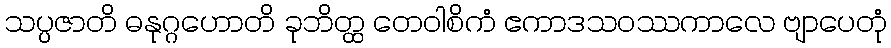
သပ္ပဇာတိ ဓနုဂ္ဂဟောတိ ခုဘိတ္ထ တေဝါစိကံ ဧကာဒသဝဿကာလေ ဗျာပေတုံ